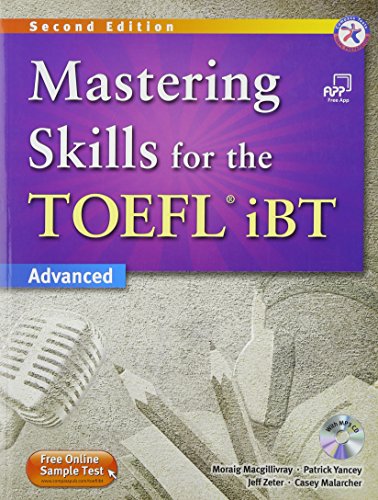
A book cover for Mastering Skills for the TOEFL iBT, 2nd Edition Advanced Combined Book & MP3 CD; Moraig Macgillivray; Test Preparation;